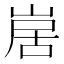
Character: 𭖱